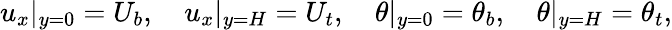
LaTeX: u_{x}|_{y=0}=U_{b},\quad u_{x}|_{y=H}=U_{t},\quad\theta|_{y=0}=\theta_{b},\quad\theta|_{y=H}=\theta_{t},